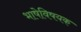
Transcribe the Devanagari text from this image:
भाषेविषयक